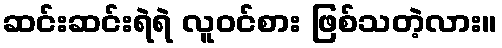
ဆင်းဆင်းရဲရဲ လူဝင်စား ဖြစ်သတဲ့လား။